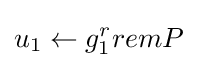
u_{1}\leftarrow g_{1}^{r}remP